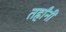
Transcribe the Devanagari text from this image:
तर्हांनी